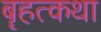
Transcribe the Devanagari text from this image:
बॄहत्कथा